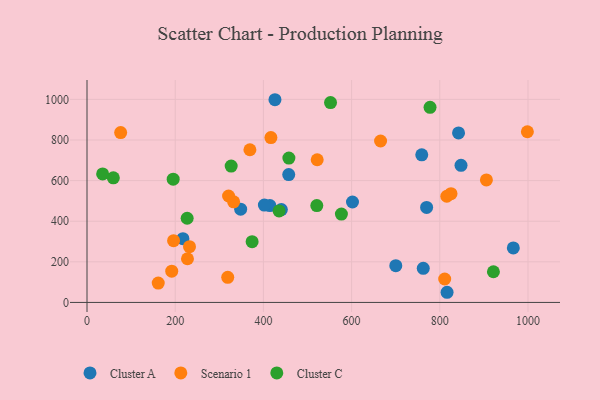
{"axis": {"x": "Distance", "y": "Rating"}, "legend": ["Cluster A", "Cluster C", "Scenario 1"], "data": [{"x": "842.5", "y": 834.8, "type": "Cluster A"}, {"x": "414.7", "y": 476.9, "type": "Cluster A"}, {"x": "457.4", "y": 629.6, "type": "Cluster A"}, {"x": "762.5", "y": 167.8, "type": "Cluster A"}, {"x": "440.7", "y": 457.3, "type": "Cluster A"}, {"x": "217.5", "y": 313.9, "type": "Cluster A"}, {"x": "348.4", "y": 459.1, "type": "Cluster A"}, {"x": "966.7", "y": 268.3, "type": "Cluster A"}, {"x": "602.0", "y": 494.7, "type": "Cluster A"}, {"x": "700.2", "y": 181.2, "type": "Cluster A"}, {"x": "770.1", "y": 468.1, "type": "Cluster A"}, {"x": "402.2", "y": 479.4, "type": "Cluster A"}, {"x": "759.1", "y": 727.0, "type": "Cluster A"}, {"x": "426.2", "y": 998.3, "type": "Cluster A"}, {"x": "816.5", "y": 50.0, "type": "Cluster A"}, {"x": "848.1", "y": 675.1, "type": "Cluster A"}, {"x": "815.9", "y": 522.8, "type": "Scenario 1"}, {"x": "825.4", "y": 535.7, "type": "Scenario 1"}, {"x": "192.1", "y": 153.9, "type": "Scenario 1"}, {"x": "998.6", "y": 840.6, "type": "Scenario 1"}, {"x": "161.5", "y": 95.3, "type": "Scenario 1"}, {"x": "811.1", "y": 115.3, "type": "Scenario 1"}, {"x": "417.0", "y": 811.8, "type": "Scenario 1"}, {"x": "227.8", "y": 215.2, "type": "Scenario 1"}, {"x": "332.5", "y": 495.5, "type": "Scenario 1"}, {"x": "76.3", "y": 836.3, "type": "Scenario 1"}, {"x": "665.7", "y": 795.0, "type": "Scenario 1"}, {"x": "905.7", "y": 603.1, "type": "Scenario 1"}, {"x": "522.0", "y": 702.8, "type": "Scenario 1"}, {"x": "319.1", "y": 123.7, "type": "Scenario 1"}, {"x": "232.4", "y": 274.5, "type": "Scenario 1"}, {"x": "321.0", "y": 524.1, "type": "Scenario 1"}, {"x": "196.3", "y": 304.1, "type": "Scenario 1"}, {"x": "369.4", "y": 752.0, "type": "Scenario 1"}, {"x": "457.8", "y": 710.7, "type": "Cluster C"}, {"x": "552.2", "y": 984.1, "type": "Cluster C"}, {"x": "921.6", "y": 151.1, "type": "Cluster C"}, {"x": "326.9", "y": 671.6, "type": "Cluster C"}, {"x": "59.7", "y": 613.7, "type": "Cluster C"}, {"x": "521.1", "y": 477.0, "type": "Cluster C"}, {"x": "374.4", "y": 299.3, "type": "Cluster C"}, {"x": "195.4", "y": 606.9, "type": "Cluster C"}, {"x": "227.1", "y": 414.5, "type": "Cluster C"}, {"x": "777.9", "y": 960.7, "type": "Cluster C"}, {"x": "35.4", "y": 633.1, "type": "Cluster C"}, {"x": "576.9", "y": 435.1, "type": "Cluster C"}, {"x": "435.6", "y": 450.5, "type": "Cluster C"}]}